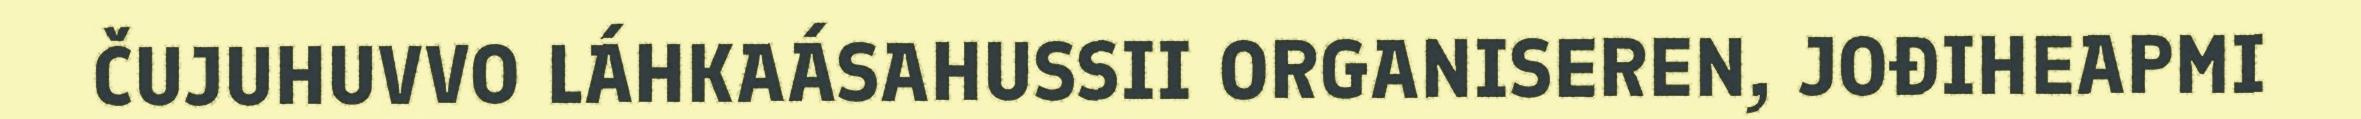
ČUJUHUVVO LÁHKAÁSAHUSSII ORGANISEREN, JOĐIHEAPMI